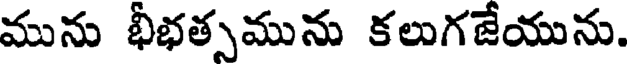
మును భీభత్సమును కలుగజేయును.